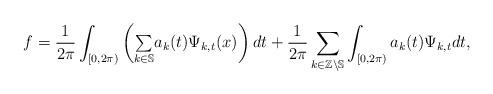
LaTeX: \begin{align*}f=\frac{1}{2\pi}\int_{[0,2\pi)}\left({\textstyle\sum\limits_{k\in\mathbb{S}}}a_{k}(t)\Psi_{k,t}(x)\right) dt+\frac{1}{2\pi}\sum_{k\in\mathbb{Z}\backslash\mathbb{S}}\int_{[0,2\pi)}a_{k}(t)\Psi_{k,t}dt,\end{align*}